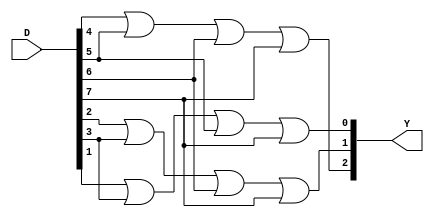
module Encoder_oct_bin_structural(
  input [7:0] D,
  output [2:0] Y
);
  or(Y[2], D[4], D[5], D[6], D[7]);
  or(Y[1], D[2], D[3], D[6], D[7]);
  or(Y[0], D[1], D[3], D[5], D[7]);
endmodule